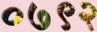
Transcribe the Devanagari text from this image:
०७९२